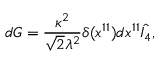
d G = { \frac { \kappa ^ { 2 } } { \sqrt { 2 } \lambda ^ { 2 } } } \delta ( x ^ { 1 1 } ) d x ^ { 1 1 } \hat { I _ { 4 } } ,